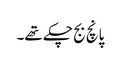
پانچ بج چکے تھے۔